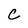
Character: C